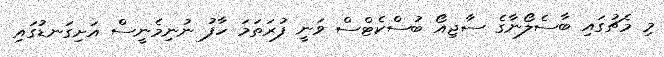
މި މެޗުގައި ބާސެލޯނާގެ ސާޖިއޯ ބުސްކެޓްސް ވަނީ ފުރަތަމަ ހާފު ނުނިމެނީސް އަށިގަނޑުގައި